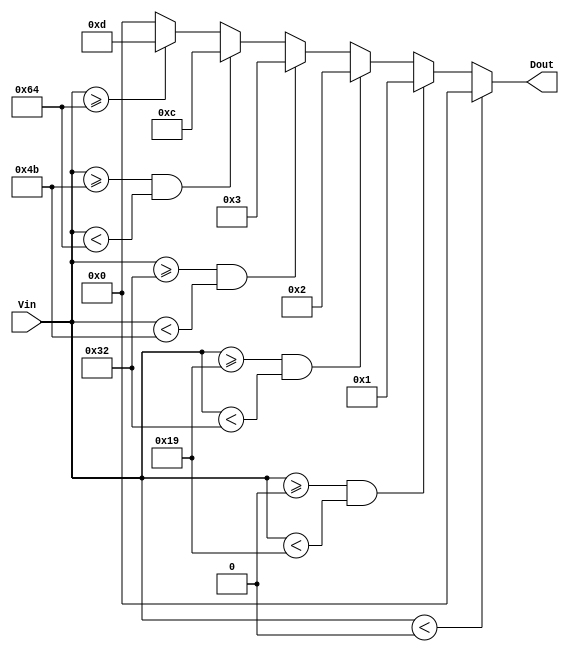
module thermal_encoder (
    input [7:0] Vin,     // 8-bit input representing the analog temperature signal
    output reg [3:0] Dout // 4-bit output representing the digital output
);

// Define temperature thresholds (in degrees Celsius)
parameter T0 = 8'd0;   // 0C
parameter T1 = 8'd25;  // 25C
parameter T2 = 8'd50;  // 50C
parameter T3 = 8'd75;  // 75C
parameter T4 = 8'd100; // 100C

always @(*) begin
    // Default output
    Dout = 4'b0000; // Default to 00 (below range)

    // Compare the input temperature with the defined thresholds
    if (Vin < T0) begin
        Dout = 4'b0000; // Below range
    end else if (Vin >= T0 && Vin < T1) begin
        Dout = 4'b0001; // 01
    end else if (Vin >= T1 && Vin < T2) begin
        Dout = 4'b0010; // 10
    end else if (Vin >= T2 && Vin < T3) begin
        Dout = 4'b0011; // 11
    end else if (Vin >= T3 && Vin < T4) begin
        Dout = 4'b1100; // 12
    end else if (Vin >= T4) begin
        Dout = 4'b1101; // 13 (above range)
    end
end

endmodule